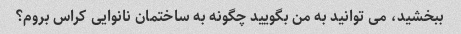
ببخشید، می توانید به من بگویید چگونه به ساختمان نانوایی کراس بروم؟